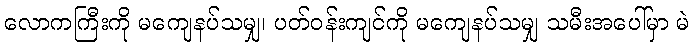
လောကကြီးကို မကျေနပ်သမျှ၊ ပတ်ဝန်းကျင်ကို မကျေနပ်သမျှ သမီးအပေါ်မှာ မဲ